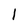
Character: l